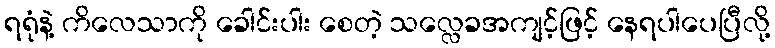
ရရုံနဲ့ ကိလေသာကို ခေါင်းပါး စေတဲ့ သလ္လေခအကျင့်ဖြင့် နေရပါပေပြီလို့